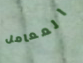
المعامل